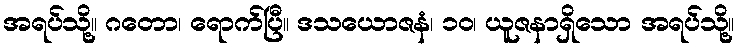
အရပ်သို့။ ဂတော၊ ရောက်ပြီ။ ဒသယောဇနံ၊ ၁၀၊ ယူဇနာရှိသော အရပ်သို့။